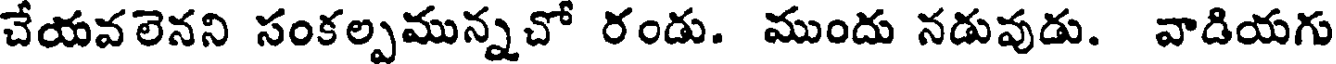
చేయవలెనని సంకల్పమున్నచో రండు. ముందు నడువుడు. వాడియగు